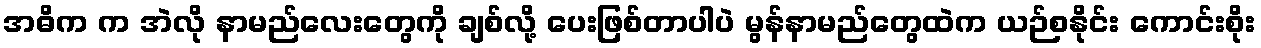
အဓိက က အဲလို နာမည်လေးတွေကို ချစ်လို့ ပေးဖြစ်တာပါပဲ မွန်နာမည်တွေထဲက ယဉ်စနိုင်း ကောင်းစိုး